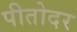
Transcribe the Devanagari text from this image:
पीतोदर